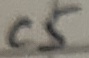
Text: C5